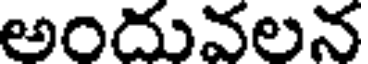
అందువలన